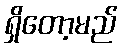
ရှိတော့မည်